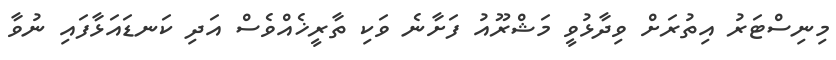
މިނިސްޓަރު އިތުރަށް ވިދާޅުވީ މަޝްރޫއު ފަށާނެ ވަކި ތާރީޚެއްވެސް އަދި ކަނޑައަޅާފައި ނުވާ